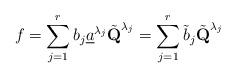
LaTeX: \begin{align*}f=\sum_{j=1}^rb_j \underline{a}^{\lambda_j}\tilde{\textbf{Q}}^{\lambda_j}=\sum_{j=1}^r\tilde b_j\tilde{\textbf{Q}}^{\lambda_j}\end{align*}